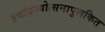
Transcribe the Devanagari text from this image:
॥चांद्रज्योत्सनापुलकित